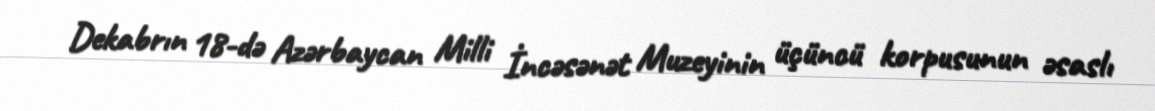
Dekabrın 18-də Azərbaycan Milli İncəsənət Muzeyinin üçüncü korpusunun əsaslı